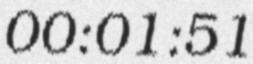
00:01:51